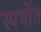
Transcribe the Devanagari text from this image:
स्पर्धाेत